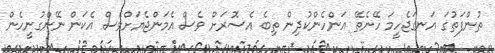
ތުންފަތުގަ އަނގަޖެހީމަ ހޭނެތޭ އަންހެންކުދިން ތިބެ އެސޮރަށް ވެސް އެމަންޖެޔަށްވެސް އެކަން ނޭންގުނީހެން